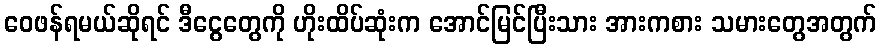
ဝေဖန်ရမယ်ဆိုရင် ဒီငွေတွေကို ဟိုးထိပ်ဆုံးက အောင်မြင်ပြီးသား အားကစား သမားတွေအတွက်